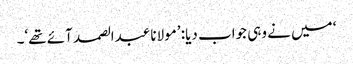
‘ میں نے وہی جواب دیا: ’مولانا عبدالصمد آئے تھے‘۔